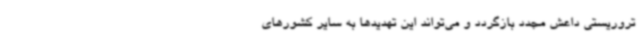
تروریستی داعش مجدد بازگردد و می‌تواند این تهدیدها به سایر کشورهای